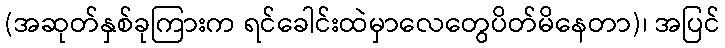
(အဆုတ်နှစ်ခုကြားက ရင်ခေါင်းထဲမှာလေတွေပိတ်မိနေတာ)၊ အပြင်